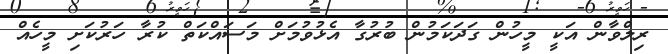
ރިލްވާން އަކީ މީހުން ގަދަކަމުން ބުރުގާ އެޅުވުމަށް މަސައްކަތް ކުރާ ހަރުކަށި މީހެއް